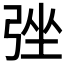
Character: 𢏬